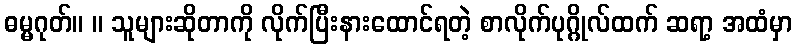
ဓမ္မဂုတ်။ ။ သူများဆိုတာကို လိုက်ပြီးနားထောင်ရတဲ့ စာလိုက်ပုဂ္ဂိုလ်ထက် ဆရာ့ အထံမှာ